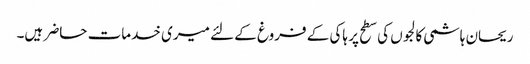
ریحان ہاشمی	کالجوں کی سطح پر ہاکی کے فروغ کے لئے میری خدمات حاضر ہیں۔